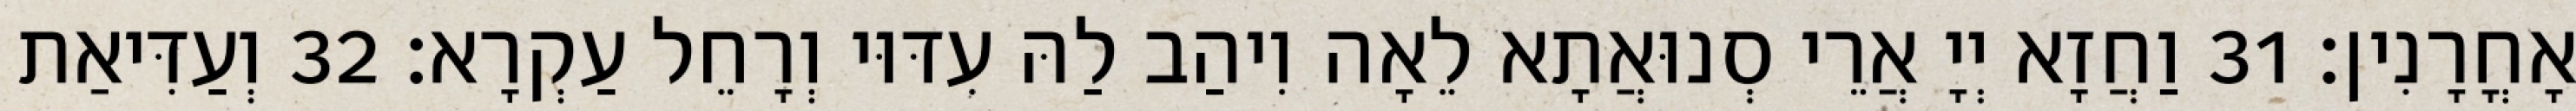
אָחֳרָנִין׃ 31 וַחֲזָא יְיָ אֲרֵי סְנוּאֲתָא לֵאָה וִיהַב לַהּ עִדּוּי וְרָחֵל עַקְרָא׃ 32 וְעַדִּיאַת